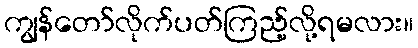
ကျွန်တော်လိုက်ပတ်ကြည့်လို့ရမလား။